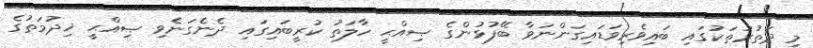
މި ދަތުރުތަކުގައި ބައިވެރިވަޑައިގަންނަވާ ބޭފުޅުންގެ ޞިއްޙީ ހާލަތު ކުރީބައިގައި ދެނެގަނެވި ޞިއްޙީ ޚިދުމަތުގެ